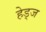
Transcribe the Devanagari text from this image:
हेड्ज